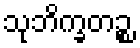
သုဘိက္ခတဉ္စ